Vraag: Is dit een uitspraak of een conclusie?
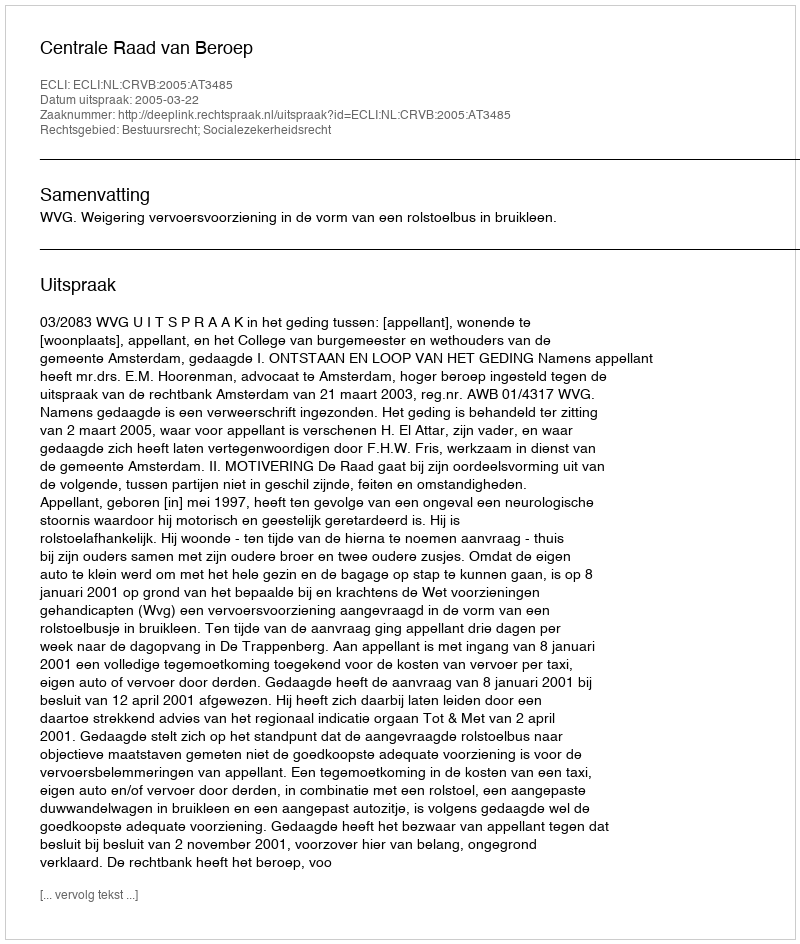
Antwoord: Uitspraak